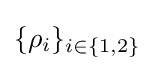
\{\rho _{i}\}_{i\in \{1,2\}}